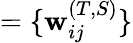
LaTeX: =\{ \mathbf{w}_{ij}^{(T,S)}\}